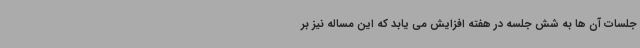
جلسات آن ها به شش جلسه در هفته افزایش می یابد که این مساله نیز بر